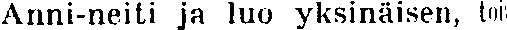
Anni-neiti ja luo yksinäisen, toi